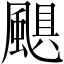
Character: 颶